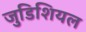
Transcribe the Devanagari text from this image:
जुडिशियल